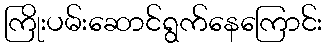
ကြိုးပမ်းဆောင်ရွက်နေကြောင်း